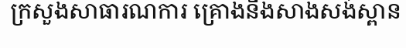
ក្រសួងសាធារណការ គ្រោងនឹងសាងសង់ស្ពាន